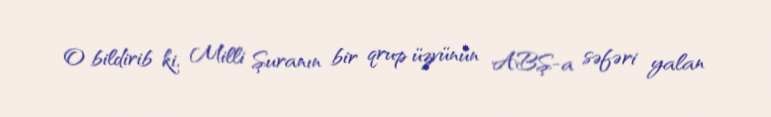
O bildirib ki, Milli Şuranın bir qrup üzvünün ABŞ-a səfəri yalan